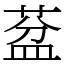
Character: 葐